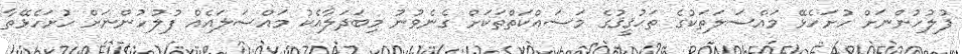
ފުލުހުންނަށް ހުށަހެޅޭ މައްސަލަތަކުގެ ތަޙުޤީޤުގެ މަސައްކަތްތަކަށް ގެނެވުނު މިބަދަލާއެކު މައްސަލައެއް ފުލުހުންނަށް ހުށަހެޅޭތާ